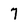
Character: 7